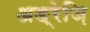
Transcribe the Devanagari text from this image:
अङ्रेज़ि